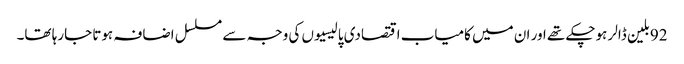
92بلین ڈالر ہوچکے تھے اور ان میں کامیاب اقتصادی پالیسیوں کی وجہ سے مسلسل اضافہ ہوتا جارہا تھا۔